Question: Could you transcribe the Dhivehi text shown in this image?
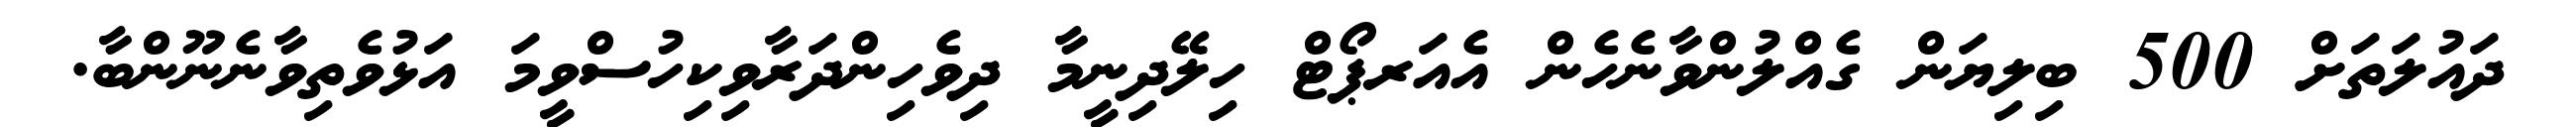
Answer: ދައުލަތަށް 500 ބިލިޔަން ގެއްލުންވާނެހެން އެއަރޕޯޓް ހިލޭދިނީމާ ދިވެހިންދަރާވިކިހުސްވީމަ އަޅުވެތިވާނެނޫންބާ.